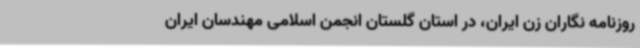
روزنامه نگاران زن ایران، در استان گلستان انجمن اسلامی مهندسان ایران